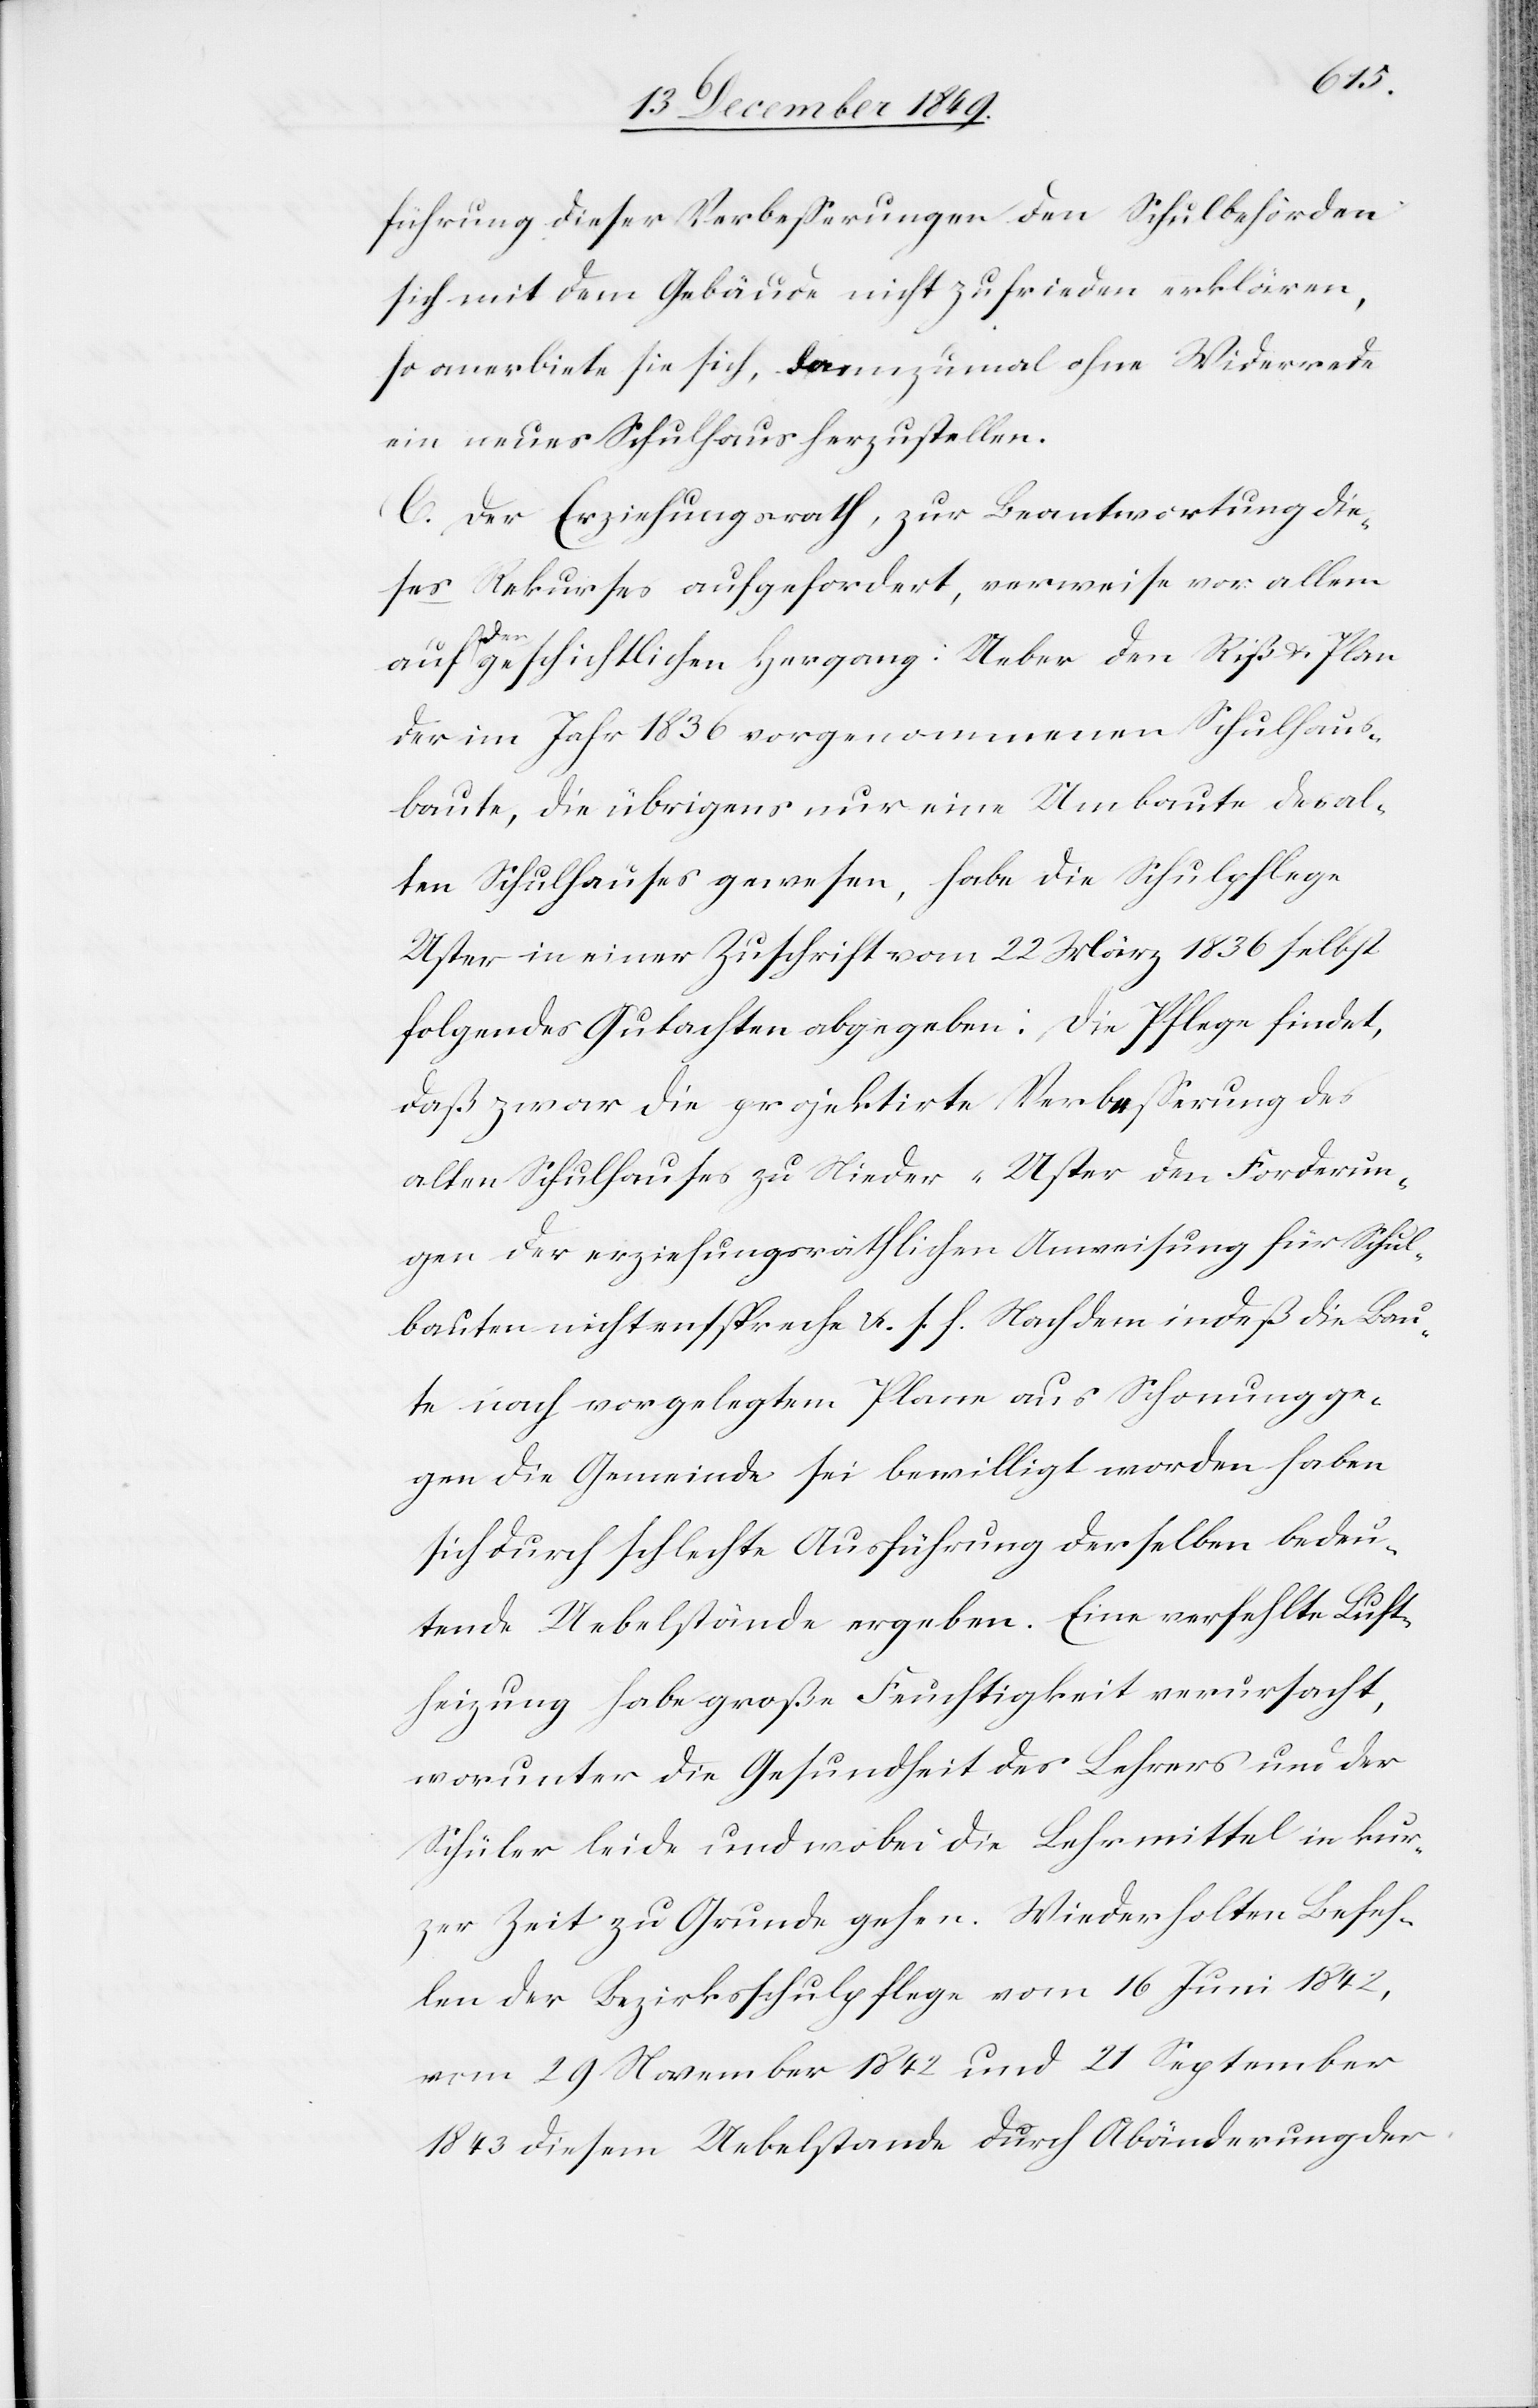
führung dieser Verbeßerungen den [sic!] Schulbehörden
sich mit dem Gebäude nicht zufrieden erklären,
so anerbiete sie sich, dannzumal ohne Widerrede
ein neues Schulhaus herzustellen.
C. Der Erziehungsrath, zur Beantwortung die¬
ses Rekurses aufgefordert, verweise vor allem
den geschichtlichen Hergang: Ueber den Riß u. Plan
der im Jahr 1836 vorgenommenen Schulhaus¬
baute, die übrigens nur eine Umbaute des al¬
ten Schulhauses gewesen, habe die Schulpflege
Uster in einer Zuschrift vom 22 März 1836 selbst
folgendes Gutachten abgegeben: Die Pflege findet,
daß zwar die projektirte Verbeßerung des
alten Schulhauses zu Nieder-Uster den Forderun¬
gen der erziehungsräthlichen Anweisung für Schul¬
bauten nicht entspreche u. s. f. Nach dem indeß die Bau¬
te nach vorgelegtem Plane aus Schonung ge¬
gen die Gemeinde sei bewilligt worden haben
sich durch schlechte Ausführung derselben bedeu¬
tende Uebelstände ergeben. Eine verfehlte Luft¬
heizung habe große Feuchtigkeit verursacht,
worunter die Gesundheit des Lehrers und der
Schüler leide und wobei die Lehrmittel in kur¬
zer Zeit zu Grunde gehen. Wiederholten Befeh¬
len der Bezirksschulpflege vom 16 Juni 1842,
vom 29 November 1842 und 21 September
1843 diesem Uebelstande durch Abänderung der